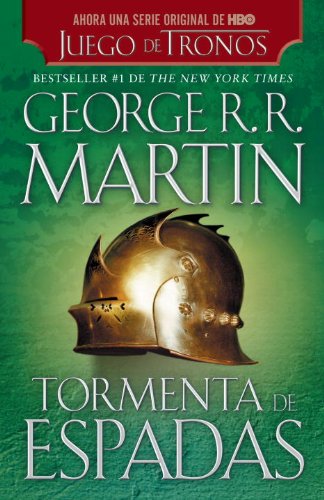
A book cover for Tormenta de espadas (Spanish Edition); George R. R. Martin; Science Fiction & Fantasy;